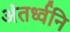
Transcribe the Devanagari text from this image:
अंतर्ध्वनि